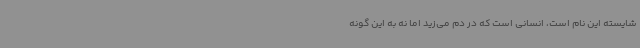
شایسته این نام است، انسانی است که در دم می‌زید اما نه به‌ این گونه